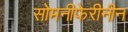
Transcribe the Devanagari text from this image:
सोमनीफेरीनीन